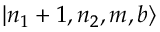
| n _ { 1 } + 1 , n _ { 2 } , m , b \rangle